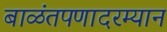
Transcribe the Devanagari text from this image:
बाळंतपणादरम्यान